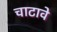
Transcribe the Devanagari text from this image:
चाटावे